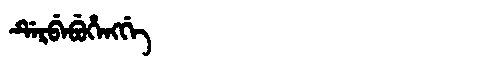
Manchu: ᡩᡝᡵᠪᡝᠪᡠᡥᡝᠩᡤᡝ
Romanization: DERBEBUHENGGE